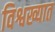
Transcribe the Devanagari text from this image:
विश्वख्यात